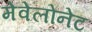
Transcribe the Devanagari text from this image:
मेवेलोनेट